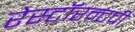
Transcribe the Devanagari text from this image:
रेस्टॉरन्टची